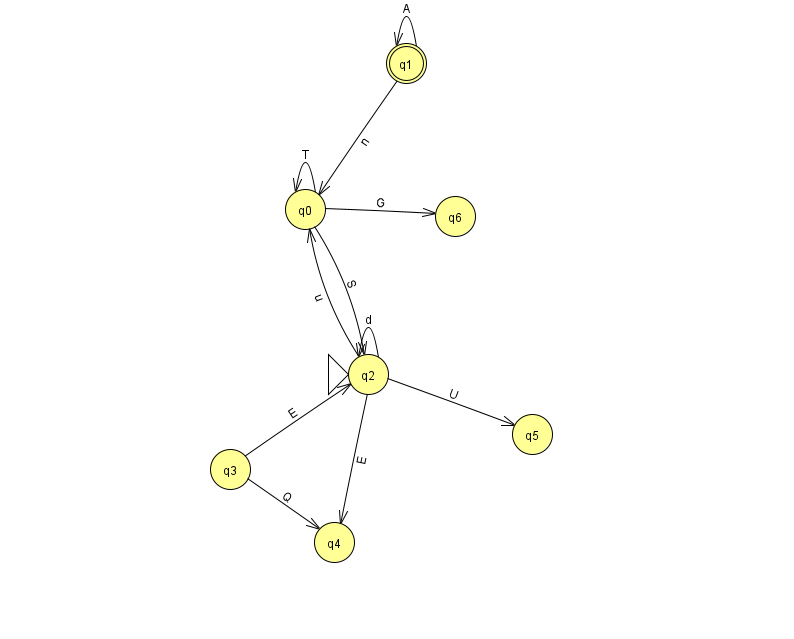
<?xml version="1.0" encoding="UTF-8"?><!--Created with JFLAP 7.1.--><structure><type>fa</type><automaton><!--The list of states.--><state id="0" name="q0"><x>305.0</x><y>196.0</y></state><state id="1" name="q1"><x>406.0</x><y>50.0</y><final/></state><state id="2" name="q2"><x>368.0</x><y>361.0</y><initial/></state><state id="3" name="q3"><x>230.0</x><y>456.0</y></state><state id="4" name="q4"><x>334.0</x><y>529.0</y></state><state id="5" name="q5"><x>532.0</x><y>421.0</y></state><state id="6" name="q6"><x>455.0</x><y>203.0</y></state><!--The list of transitions.--><transition><from>2</from><to>0</to><read>u</read></transition><transition><from>1</from><to>0</to><read>n</read></transition><transition><from>1</from><to>1</to><read>A</read></transition><transition><from>0</from><to>0</to><read>T</read></transition><transition><from>2</from><to>2</to><read>d</read></transition><transition><from>0</from><to>2</to><read>S</read></transition><transition><from>3</from><to>2</to><read>E</read></transition><transition><from>3</from><to>4</to><read>Q</read></transition><transition><from>2</from><to>5</to><read>U</read></transition><transition><from>0</from><to>6</to><read>G</read></transition><transition><from>2</from><to>4</to><read>E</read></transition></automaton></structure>